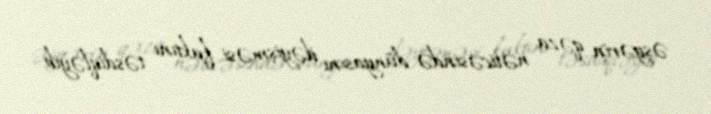
əsgərin qəza nəticəsində dünyasını dəyişməsi faktını təsdiqləyib.